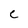
Character: c